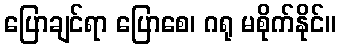
ပြောချင်ရာ ပြောစေ၊ ဂရု မစိုက်နိုင်။